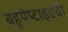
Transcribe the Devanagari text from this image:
बहुपेप्टाइडची